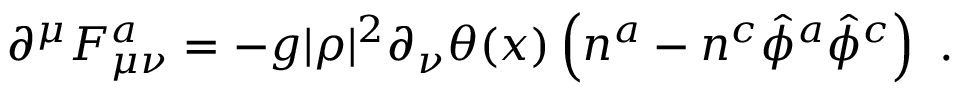
\partial ^ { \mu } F _ { \mu \nu } ^ { a } = - g | \rho | ^ { 2 } \partial _ { \nu } \theta ( x ) \left( n ^ { a } - n ^ { c } { \hat { \phi } } ^ { a } { \hat { \phi } } ^ { c } \right) ~ .